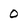
Character: O